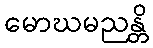
မောဃမညန္တိ